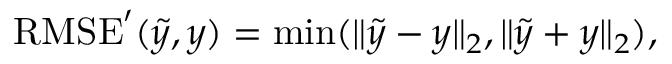
\begin{array} { r } { \mathrm { R M S E } ^ { \prime } ( \tilde { y } , y ) = \operatorname* { m i n } ( \lVert \tilde { y } - y \rVert _ { 2 } , \lVert \tilde { y } + y \rVert _ { 2 } ) , } \end{array}